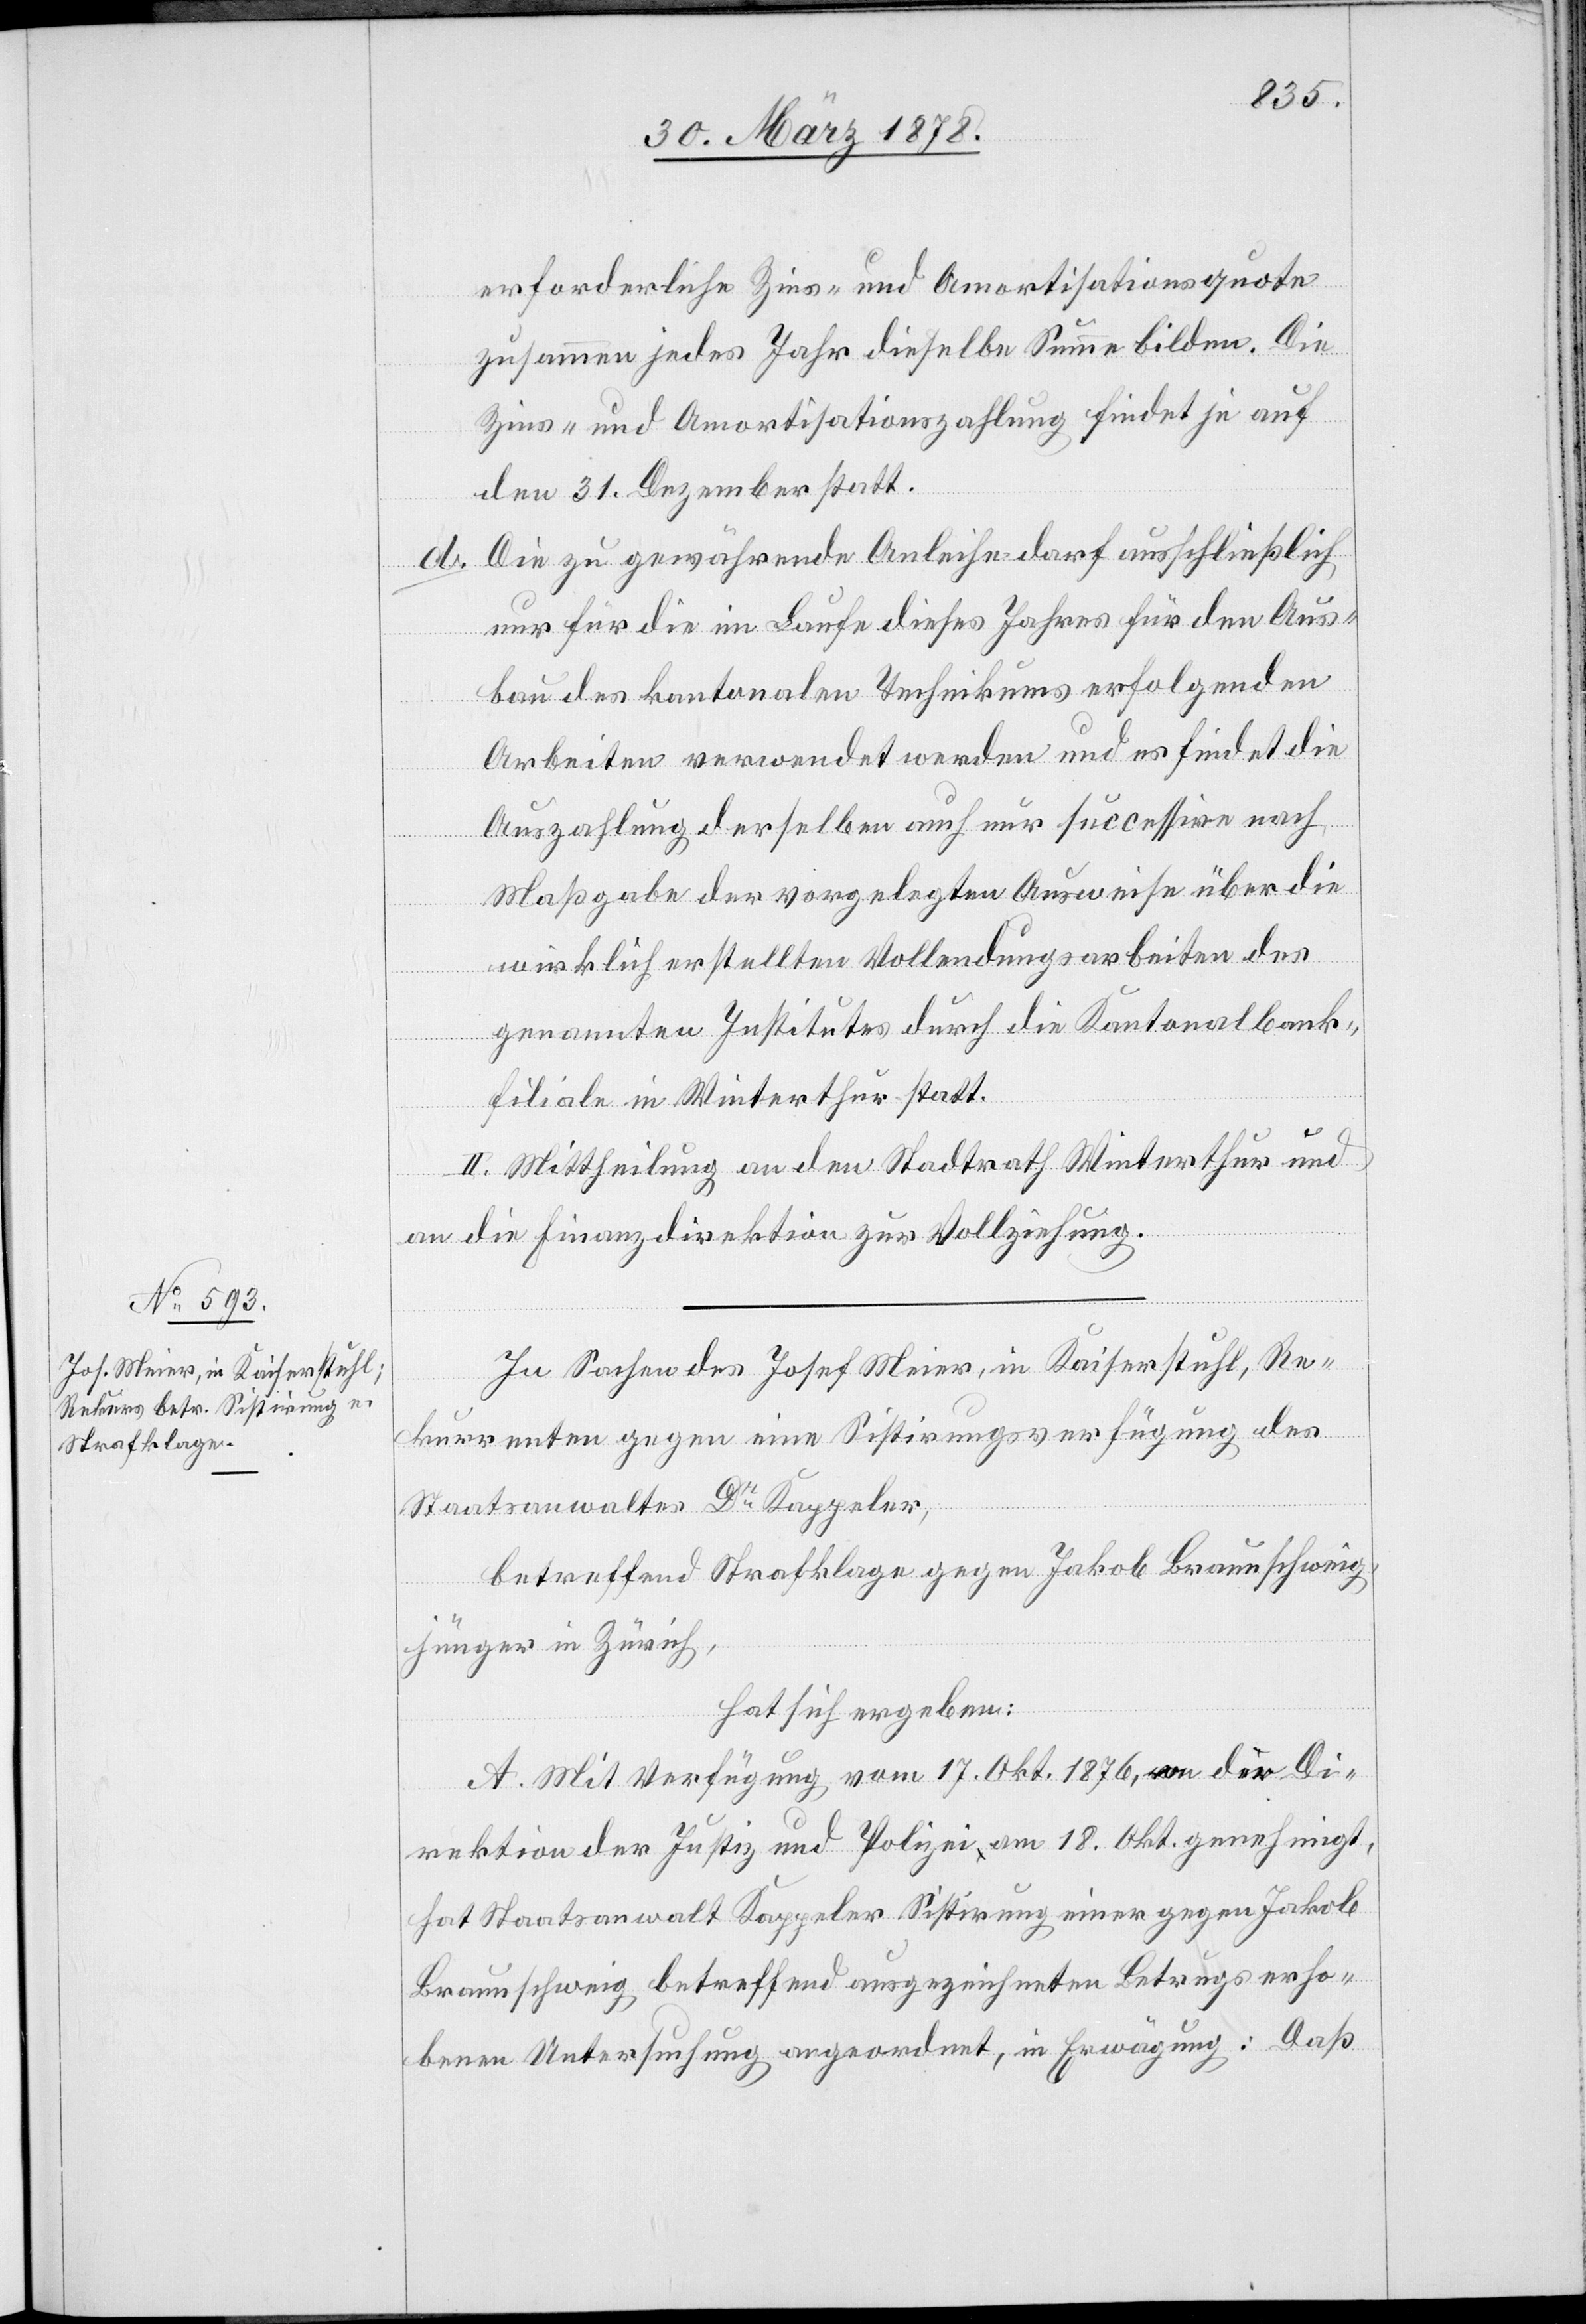
erforderliche Zins- und Amortisationsquote
zusammen jedes Jahr dieselbe Summe bilden. Die
Zins- und Amortisationszahlung findet je auf
den 31. Dezember statt.
Die zu gewährende Anleihe darf ausschließlich
nur für die im Laufe dieses Jahres für den Aus¬
bau des kantonalen Technikums erfolgenden
Arbeiten verwendet werden und es findet die
Auszahlung derselben auch nur successive nach
Maßgabe der vorgelegten Ausweise über die
wirklich erstellten Vollendungsarbeiten des
genannten Institutes durch die Kantonalbank¬
filiale in Winterthur statt.
II. Mittheilung an den Stadtrath Winterthur und
an die Finanzdirektion zur Vollziehung.
In Sachen des Josef Meier, in Kaiserstuhl, Re¬
kurrenten gegen eine Sistirungsverfügung des
Staatsanwaltes Dr Kappeler,
betreffend Strafklage gegen Jakob Braunschweig,
jünger in Zürich,
hat sich ergeben:
A. Mit Verfügung vom 17. Okt. 1876, an die Di¬
rektion der Justiz und Polizei am 18. Okt. genehmigt,
hat Staatsanwalt Kappeler Sistirung einer gegen Jakob
Braunschweig betreffend ausgezeichneten Betrugs erho¬
benen Untersuchung angeordnet, in Erwägung: Daß